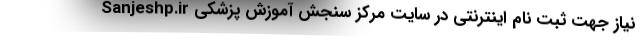
نیاز جهت ثبت نام اینترنتی در سایت مرکز سنجش آموزش پزشکی Sanjeshp.ir